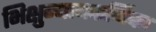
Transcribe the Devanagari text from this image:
भिक्षुन्यायकर्णिका